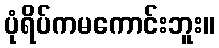
ပုံရိပ်ကမကောင်းဘူး။